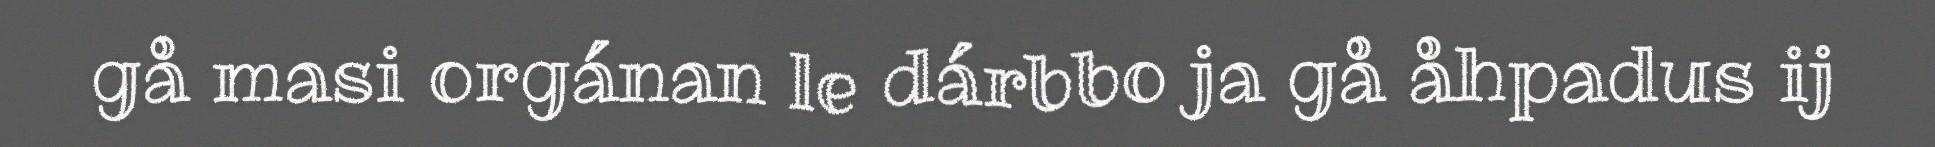
gå masi orgánan le dárbbo ja gå åhpadus ij